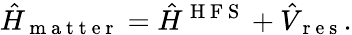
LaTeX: {\hat{H}}_{\mathrm{~m~a~t~t~e~r~}}={\hat{H}}^{\mathrm{~H~F~S~}}+{\hat{V}}_{\mathrm{~r~e~s~}}.